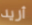
أريد